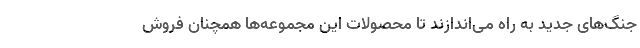
جنگ‌های جدید به راه می‌اندازند تا محصولات این مجموعه‌ها همچنان فروش